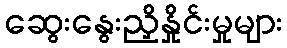
ဆွေးနွေးညှိနှိုင်းမှုများ